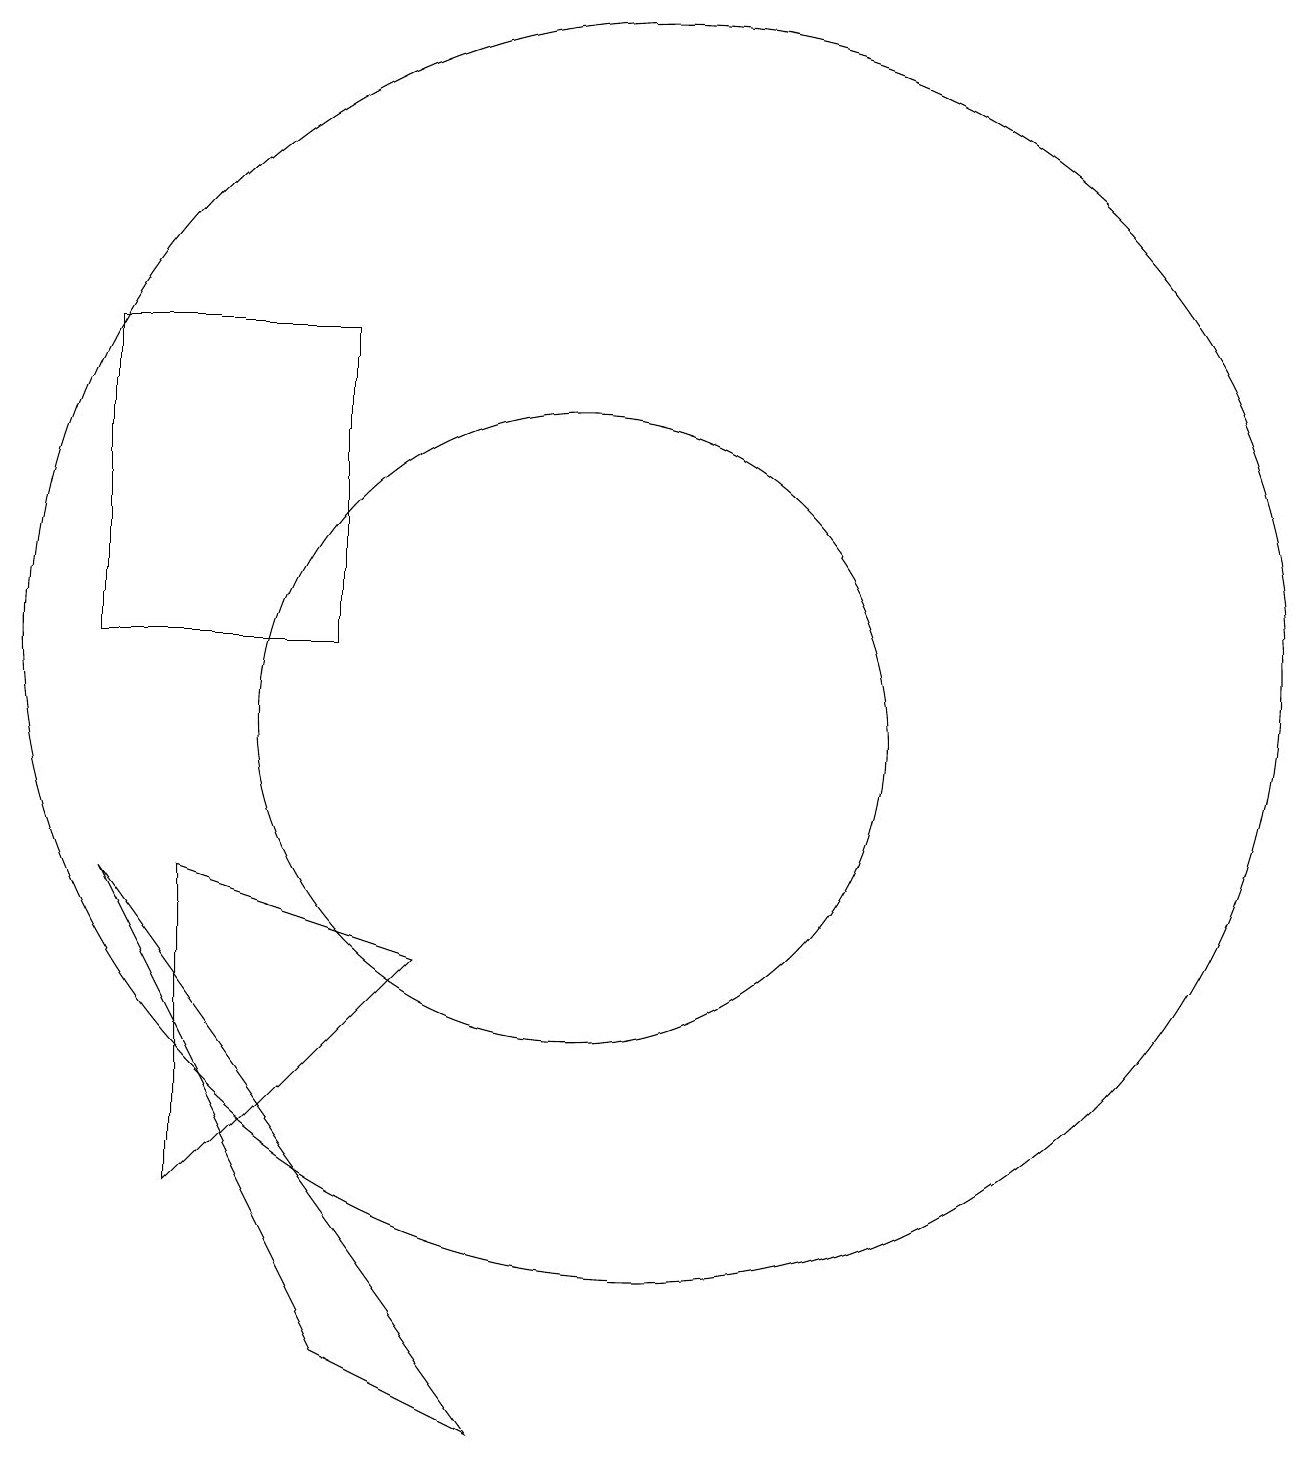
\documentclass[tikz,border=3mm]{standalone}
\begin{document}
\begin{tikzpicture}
\draw (4,16) rectangle (7,12);
\draw (8,8) -- (5,5) -- (5,9) -- cycle;
\draw (10,11) circle (4);
\draw (4,9) -- (7,3) -- (9,2) -- cycle;
\draw (12,11) circle (0);
\draw (11,12) circle (8);
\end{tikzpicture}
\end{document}